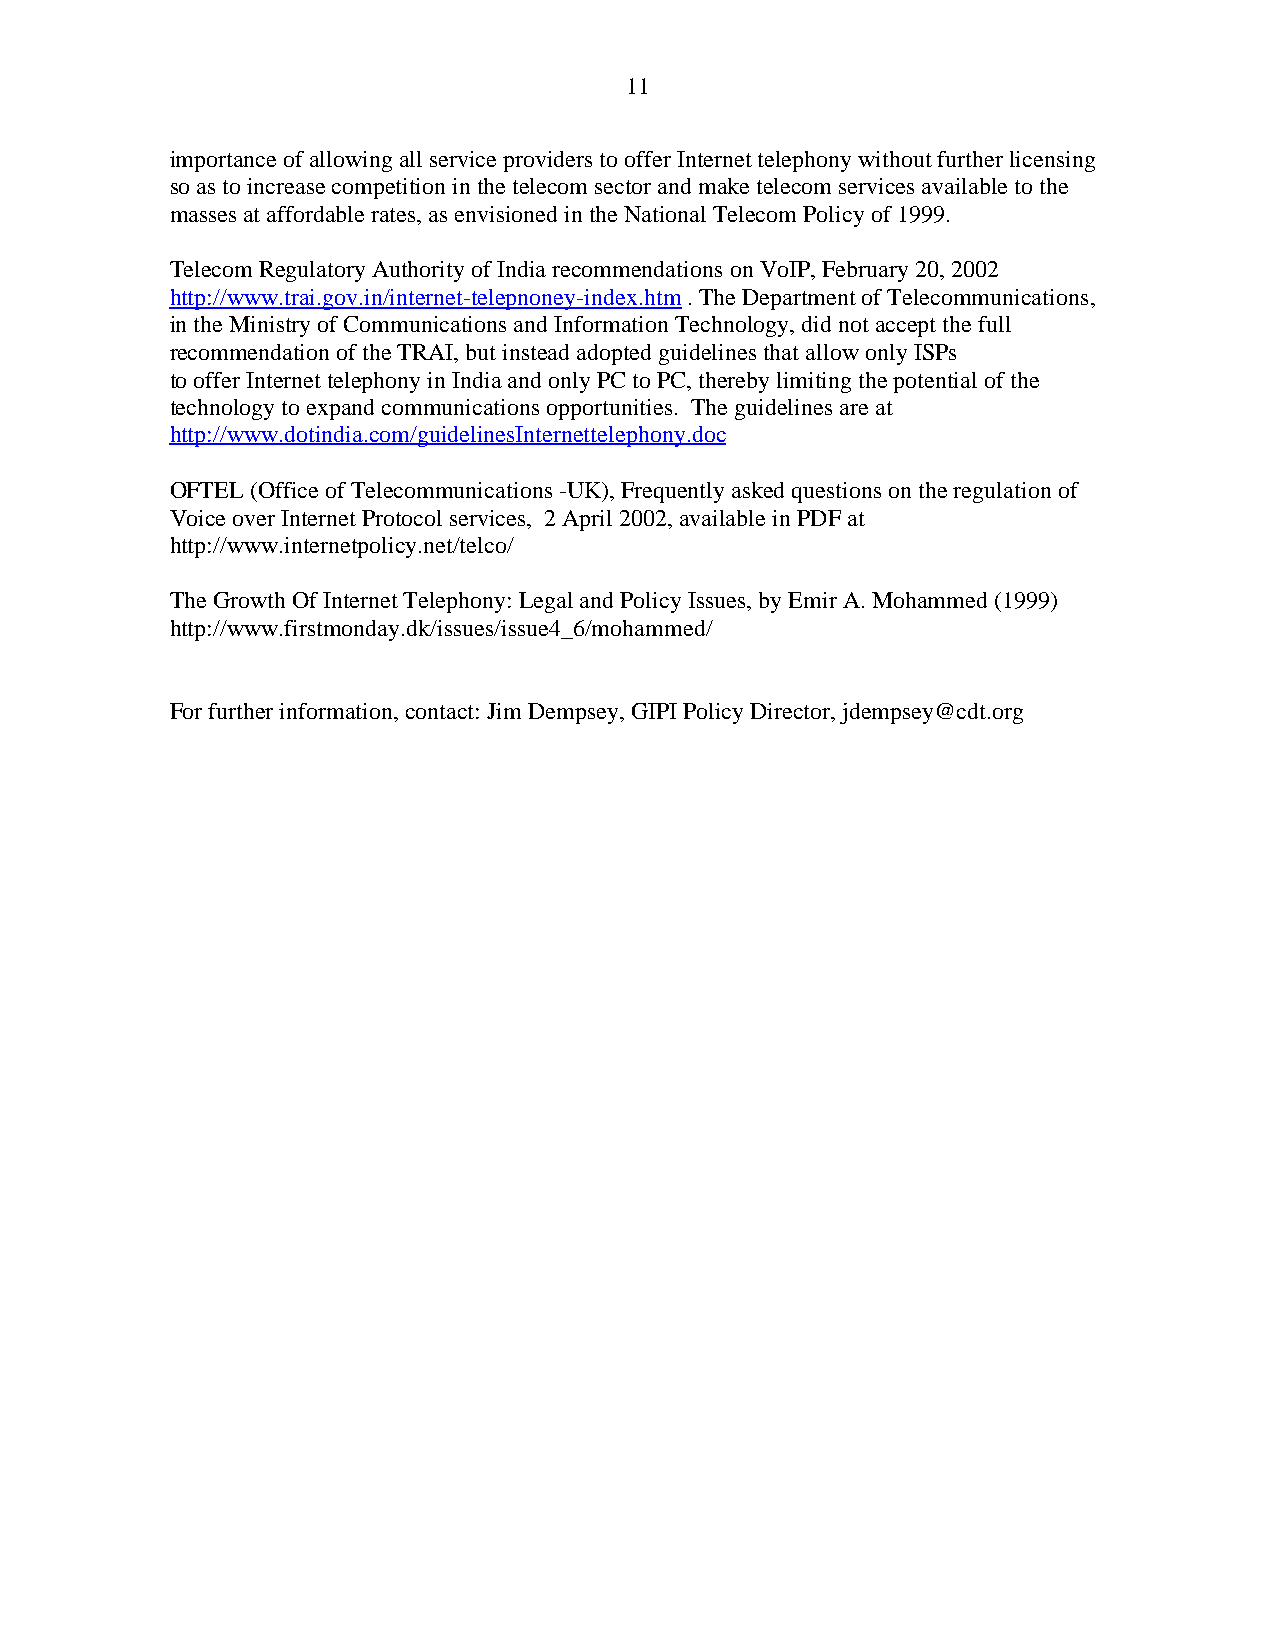
11
 importance of allowing all service providers to offer Internet telephony without further licensing
 so as to increase competition in the telecom sector and make telecom services available to the
 masses at affordable rates, as envisioned in the National Telecom Policy of 1999.
 Telecom Regulatory Authority of India recommendations on VoIP, February 20, 2002
 http://www.trai.gov.in/internet-telepnoney-index.htm . The Department of Telecommunications,
 in the Ministry of Communications and Information Technology, did not accept the full
 recommendation of the TRAI, but instead adopted guidelines that allow only ISPs
 to offer Internet telephony in India and only PC to PC, thereby limiting the potential of the
 technology to expand communications opportunities. The guidelines are at
 http://www.dotindia.com/guidelinesInternettelephony.doc
 OFTEL (Office of Telecommunications -UK), Frequently asked questions on the regulation of
 Voice over Internet Protocol services, 2 April 2002, available in PDF at
 http://www.internetpolicy.net/telco/
 The Growth Of Internet Telephony: Legal and Policy Issues, by Emir A. Mohammed (1999)
 http://www.firstmonday.dk/issues/issue4_6/mohammed/
 For further information, contact: Jim Dempsey, GIPI Policy Director, jdempsey@cdt.org